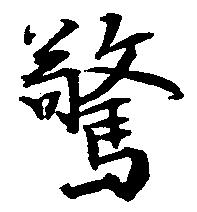
驚